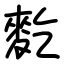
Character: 麧